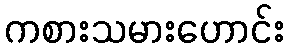
ကစားသမားဟောင်း